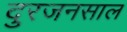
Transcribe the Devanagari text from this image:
दुरजनसाल